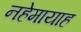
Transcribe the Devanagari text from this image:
नहेमायाह